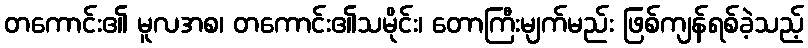
တကောင်း၏ မူလအစ၊ တကောင်း၏သမိုင်း၊ တောကြီးမျက်မည်း ဖြစ်ကျန်ရစ်ခဲ့သည့်